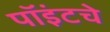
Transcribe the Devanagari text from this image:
पॉइंटचे